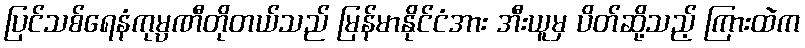
ပြင်သစ်ရေနံကုမ္ပဏီတိုတယ်သည် မြန်မာနိုင်ငံအား အီးယူမှ ပိတ်ဆို့သည့် ကြားထဲက